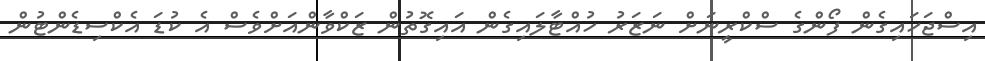
އިސްޖަހައިގެން ފޯންގެ ސްކްރީނަށް ނަޒަރު ހުއްޓާލައިގެން އައިގޮތުން ޒަކްވާންއަށްވެސް އެ ކުޑަ އެކްސިޑެންޓުން